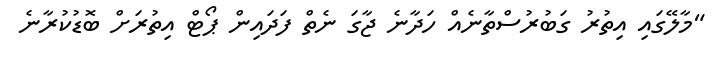
"މާލޭގައި އިތުރު ގަބުރުސްތާނެއް ހަދާނެ ޖާގަ ނެތް ފަދައިން ޕޯޓް އިތުރަށް ބޮޑުކުރާނެ